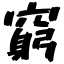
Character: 窮